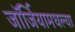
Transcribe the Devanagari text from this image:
जॉर्जियामधल्या